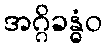
အဂ္ဂိခန္ဓံဝ